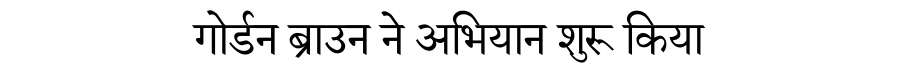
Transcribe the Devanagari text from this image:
गोर्डन ब्राउन ने अभियान शुरू किया